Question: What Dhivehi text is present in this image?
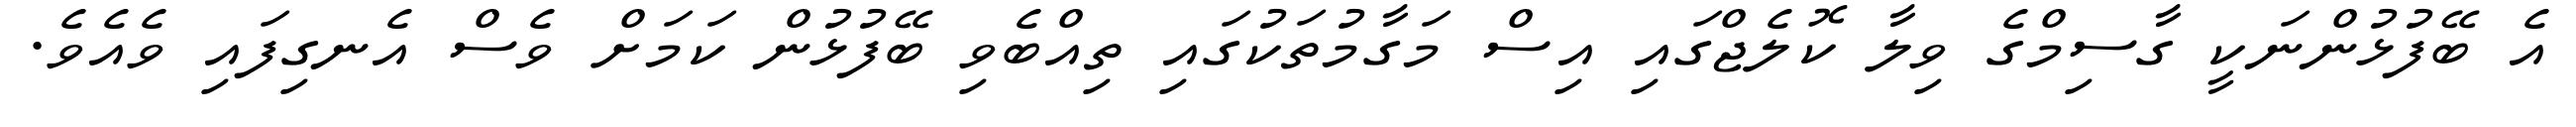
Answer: އެ ބޭފުޅުންނަކީ ގާސިމްގެ ވިލާ ކޮލެޖްގައި އިސް މަގާމުތަކުގައި ތިއްބެވި ބޭފުޅުން ކަމަށް ވެސް އެނގިފައި ވެއެވެ.